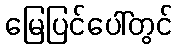
မြေပြင်ပေါ်တွင်